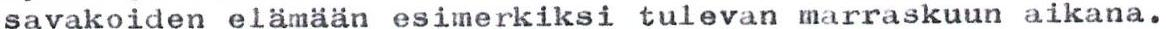
savakoiden elämään esimerkiksi tulevan marraskuun aikana.